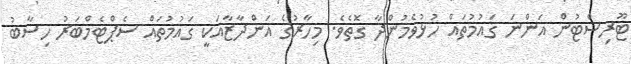
ޓޫރިސްޓުން އަންނަ ގައުމުތައް ހުޅުވެމުންދާ ގޮތެވެ. މިހާރުގެ އަންދާޒާއަކީ ގައުމުތައް ސެޕްޓެމްބަރު ހިސާބު